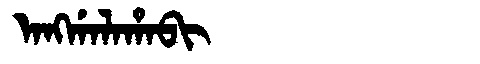
Manchu: ᠠᠩᡤᠠᠯᠠᡥᠠᠪᡳ
Romanization: ANGGALAHABI